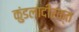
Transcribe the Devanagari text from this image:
कुंडलादीरक्त